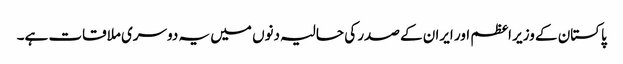
پاکستان کے وزیر اعظم اور ایران کے صدر کی حالیہ دنوں میں یہ دوسری ملاقات ہے۔